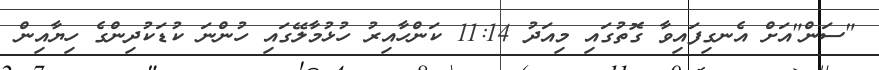
"ސަން"އަށް އެނގިފައިވާ ގޮތުގައި މިއަދު 11:14 ކަންހާއިރު ހުޅުމާލޭގައި ހުންނަ ކުޑަކުދިންގެ ހިޔާއިން